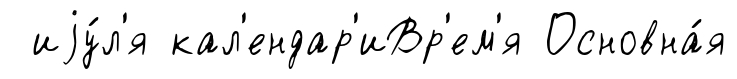
иjу́л'я кал'ендар'иВр'ем'я Основна́я